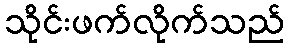
သိုင်းဖက်လိုက်သည်